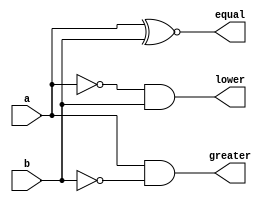
`timescale 1ns / 1ps
//////////////////////////////////////////////////////////////////////////////////
// Company: 
// Engineer: 
// 
// Design Name: 
// Module Name:    MAG 
// Project Name: 
// Target Devices: 
// Tool versions: 
// Description: 
//
// Dependencies: 
//
// Revision: 
// Revision 0.01 - File Created
// Additional Comments: 
//
//////////////////////////////////////////////////////////////////////////////////
//20L118 HARIHARAN R R
module MAG ( a ,b ,equal ,greater ,lower );
output equal ;
output greater ;
output lower ;
input a ;
input b ;
assign equal = a ~^ b;
assign lower = (~a) & b;
assign greater = a & (~b);

endmodule